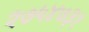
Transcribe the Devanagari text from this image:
२७५४७३१